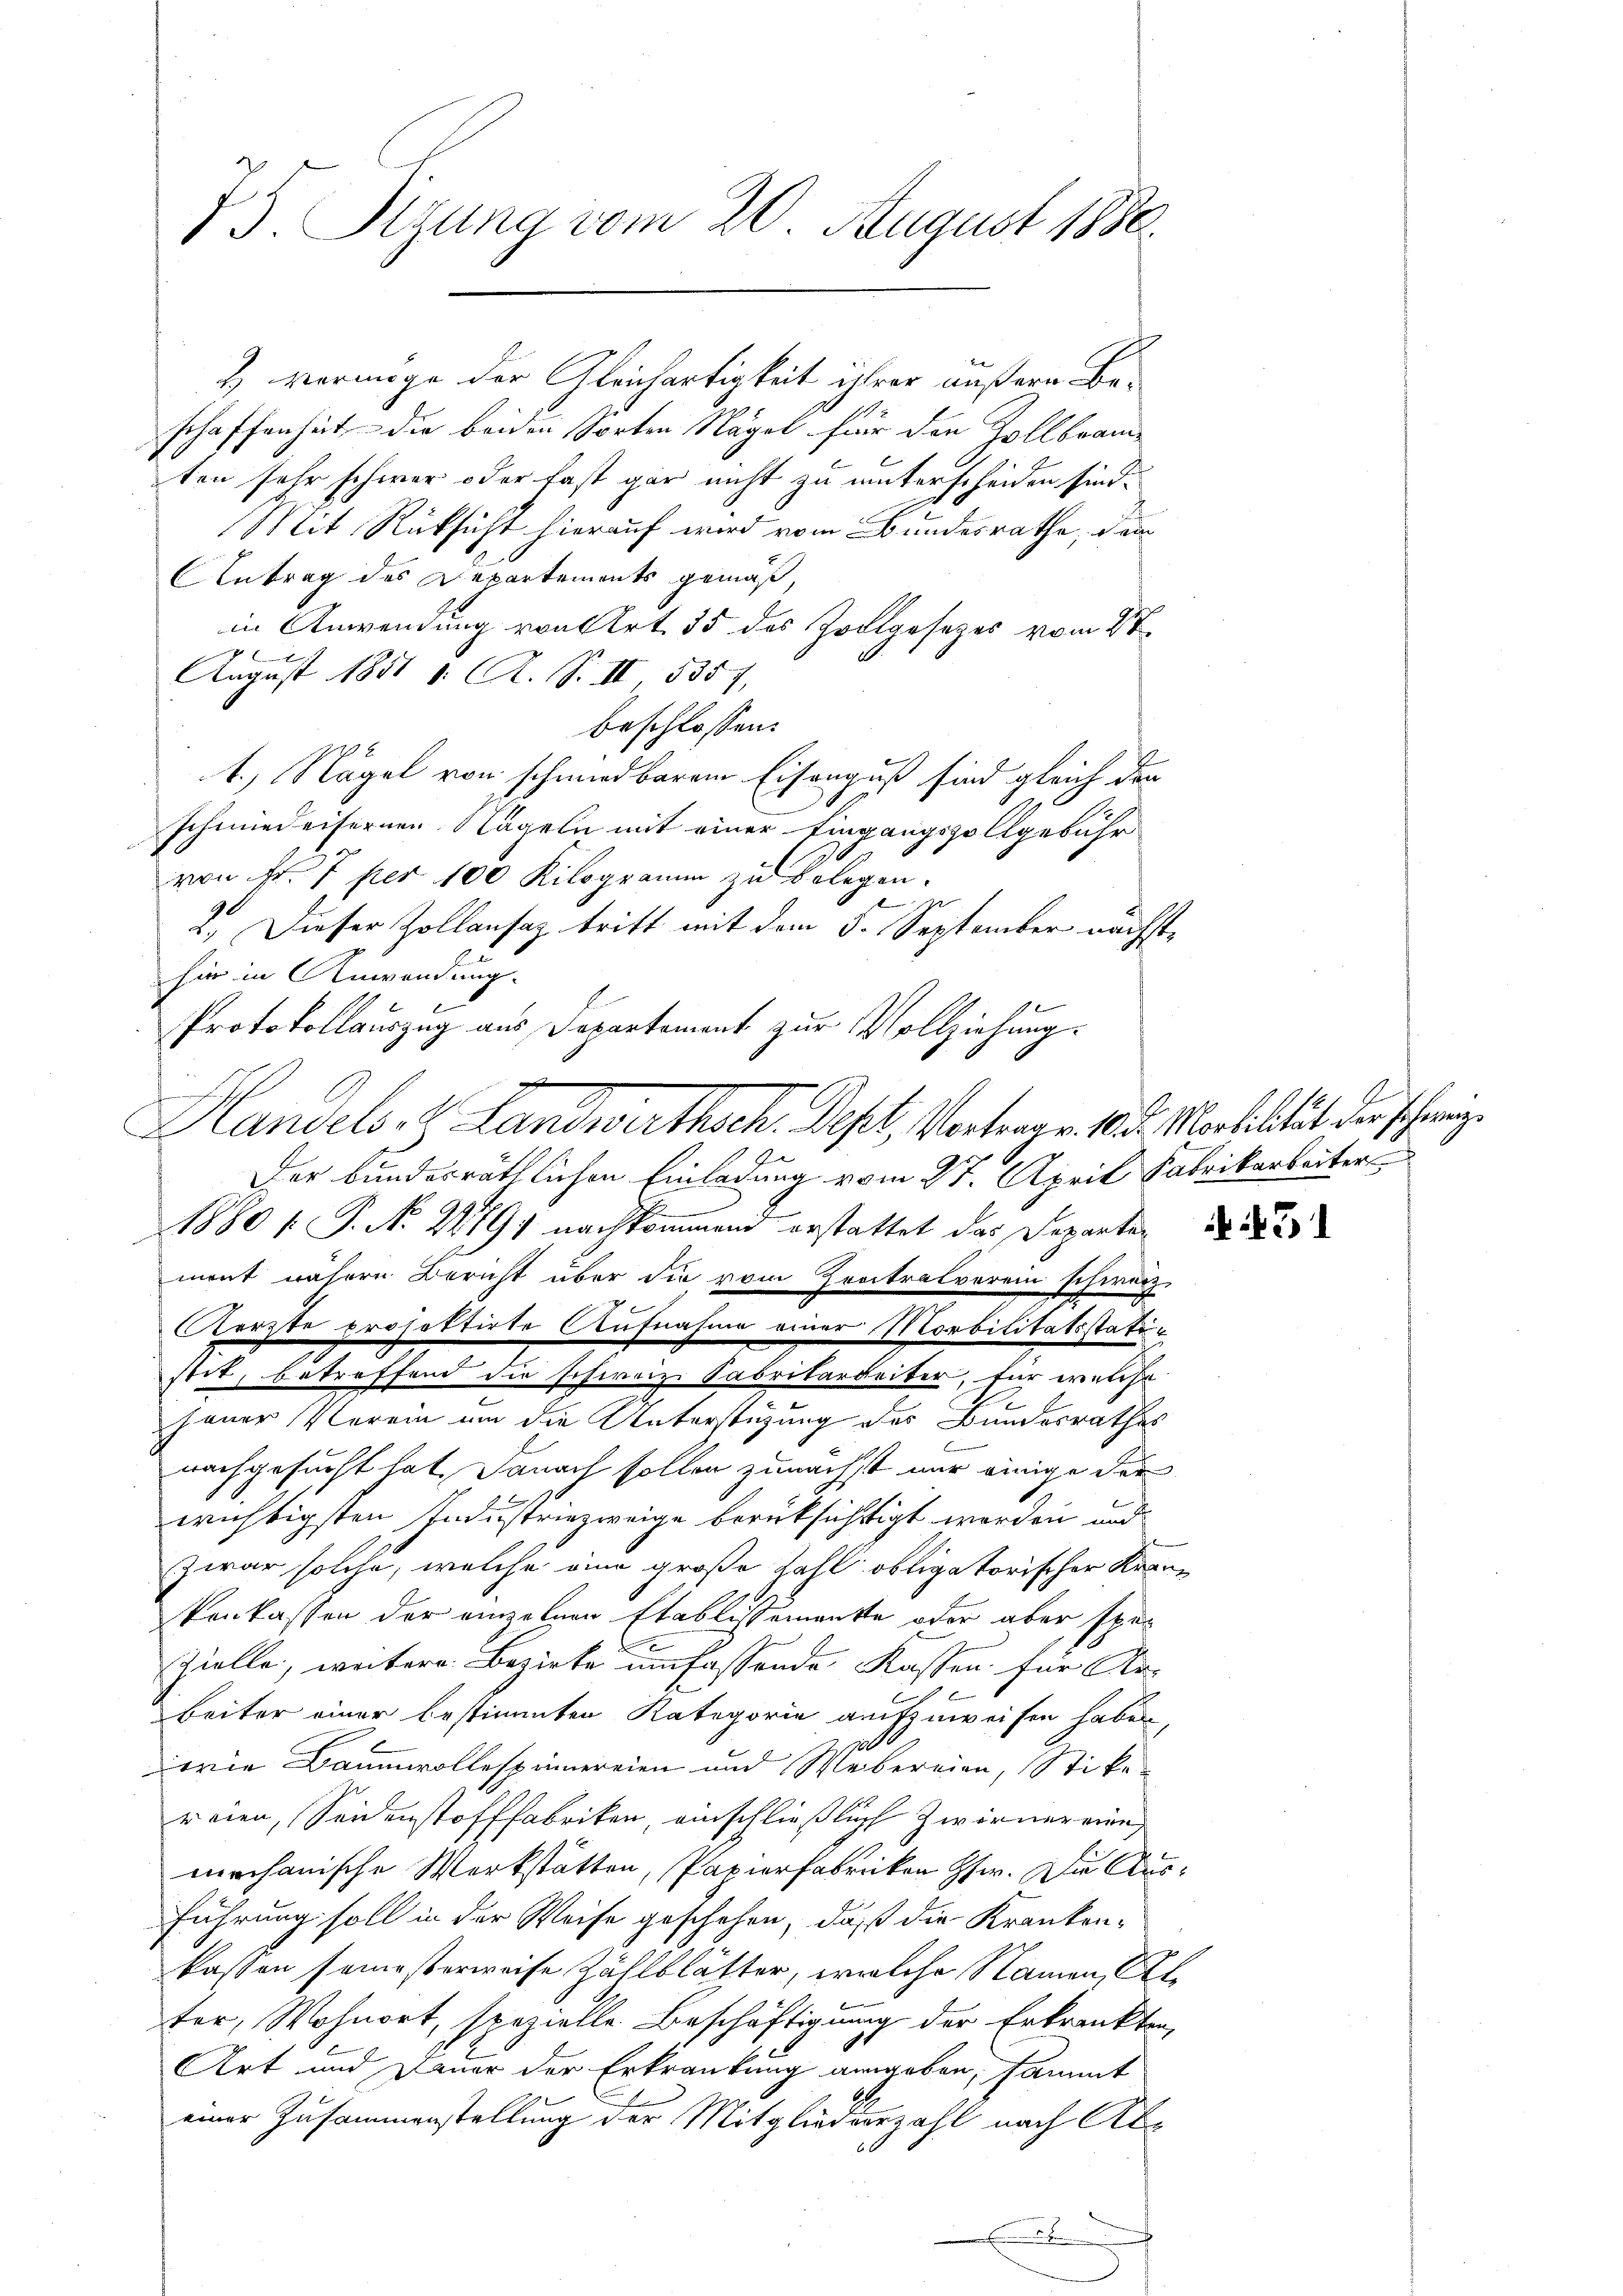
75. Sizung vom 20. August 1890.

schaffenheit die beiden Sorten Nägel für den Zollbramten sehr schwer oder fast gar nicht zu unterscheiden sind.
Mit Rücksicht hierauf wird vom Bundesrathe, dem
Antrag des Departements gemäß,
in Anwendung von Art. 35 des Zollgesezes vom 27.
August 1851 1. A. S. II, 5357,
beschlossen:
1.) Nägel von schmiedbarem Eisengus sind gleich der
schmiederfernen Nageln mit einer Eingangsvollgebühr
von No 7 per 100 Kilogramm zu belegen.
.
2.) Dieser Zollansaz tritt mit dem 5. September nächst-
hie in Anwendung.
Protokollauszug aus Departement zur Vollziehung.
s
ge
Der bundesräthlichen Einladung vom 27. April Fabrikarbeiter
1880 f. P. Nr. 22791 nachkommend erstattet das Departen
ment nähern Bericht über die vom Zentralverein schweiz.
Aerzte projektirte Aufnahme einer Morbilitätsstatustit, betreffend die schweiz. Sabrikarbeiter, für welche
jener Verein um die Unterstüzung des Bundesrathes
nachgesucht hat. Danach sollen zunächst nur einige der
wichtigsten Industriezweige berüksichtigt werden und
zwar solche, welche eine große Zahl obligatorischer Krankenkassen der einzelnen Etablissemente oder aber spe¬
Zielle, weitere Bezirke umfassende Kasten für Arbeiter einer bestimmten Kategorie aufzuweisen haben
2900
wie Baumwollespinnereien und Webereien, Sticke
reien, Seidenstofffabriken, einschließlich Zwirner eine
mechanische Werkstätten, Papierfabriken Hr. Du Ausführung soll in der Weise geschehen, daß die Krankenkasten semesterweise Zählblätter, welche Namen, Al.
ter, Wohnort, spezielle Beschäftigung der Erkrankten,
Art und Dauer der Erkrankung angeben, sammt
einer Zusammenstellung der Mitgliederzahl nach Ab¬
66
.

H vermöge der Gleichartigkeit ihrer äußern Be¬

Handels, H. Landwirthsch. Depl, Vertrage 18. Moralität der schweige